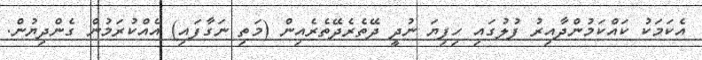
އެކަމަކު ކައްކަމުންދާއިރު ފުލުގައި ހިފިޔަ ނުދީ ދޭތެރެދޭތެރެއިން (މަތި ނަގާފައި) އެއްކުރަމުން ގެންދިޔުން.